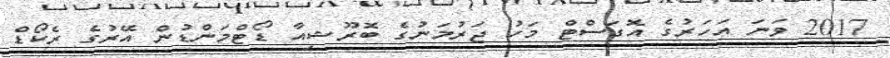
2017 ވަނަ އަހަރުގެ އޮގަސްޓް މަހު ޖަރުމަނުގެ ބޮރޫޝިއާ ޑޯޓްމަންޑުން އޭރުގެ ރެކޯޑް